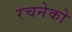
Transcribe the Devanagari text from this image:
रचनेको